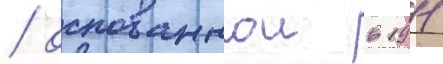
/ основаннои в 1911